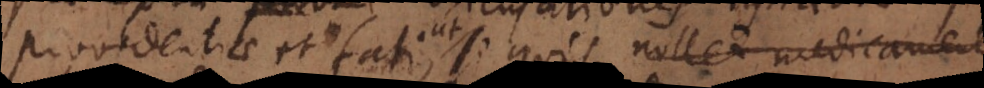
providentiae et fati, si quis nollet ped